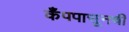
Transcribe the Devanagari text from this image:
कँपपासूनची